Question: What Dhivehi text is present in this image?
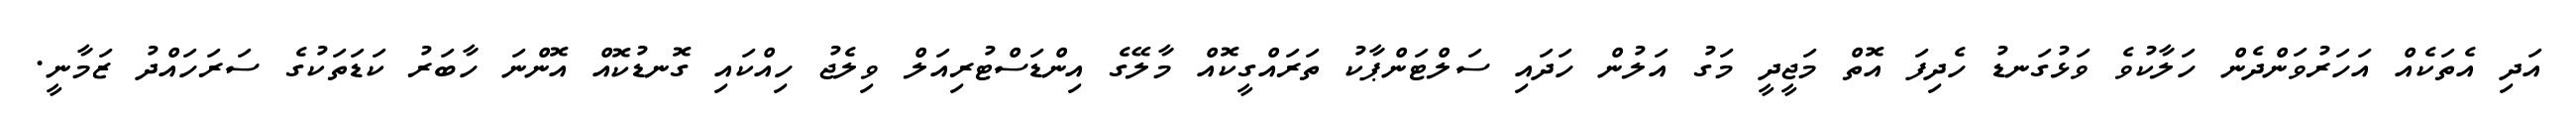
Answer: އަދި އެތަކެއް އަހަރުވަންދެން ހަލާކުވެ ވަޅުގަނޑު ހެދިފަ އޮތް މަޖީދީ މަގު އަލުން ހަދައި ސަލްޓަންޕާކު ތަރައްގީކޮއް މާލޭގެ އިންޑަސްޓުރިއަލް ވިލެޖު ހިއްކައި ގޮނޑުކޮއް އޮންނަ ހާބަރު ކަޑަތަކުގެ ސަރަހައްދު ޒަމާނީ.